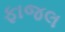
ફાજલ